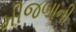
મીજબાની